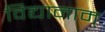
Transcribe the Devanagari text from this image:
विद्यानाम्